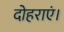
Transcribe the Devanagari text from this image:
दोहराएं।